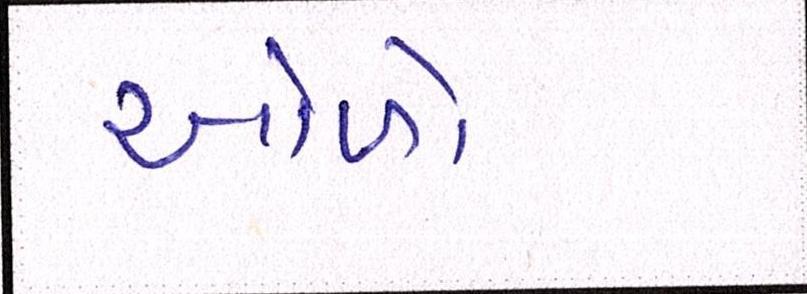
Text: ઓળો